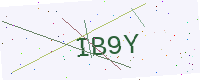
Text: IB9Y